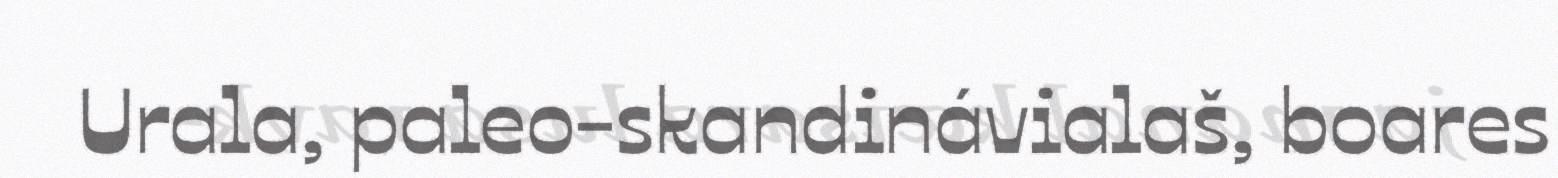
Urala, paleo-skandinávialaš, boares